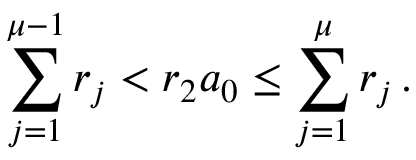
\sum _ { j = 1 } ^ { \mu - 1 } r _ { j } < r _ { 2 } a _ { 0 } \leq \sum _ { j = 1 } ^ { \mu } r _ { j } \, .